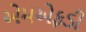
એમએફડી